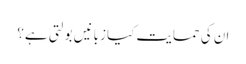
ان کی حمایت کیا زبانیں بولتی ہے؟